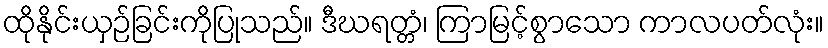
ထိုနိုင်းယှဉ်ခြင်းကိုပြုသည်။ ဒီဃရတ္တံ၊ ကြာမြင့်စွာသော ကာလပတ်လုံး။